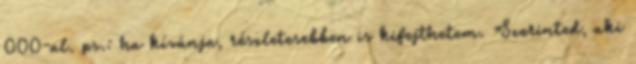
000-al. ps.: ha kívánja, részletesebben is kifejthetem. Szerinted, aki